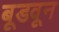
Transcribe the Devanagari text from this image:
बूडवून